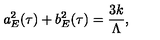
a _ { E } ^ { 2 } ( \tau ) + b _ { E } ^ { 2 } ( \tau ) = \frac { 3 k } { \Lambda } ,